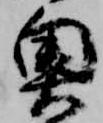
奥